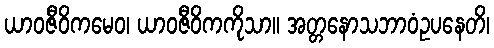
ယာဝဇီဝိကမေဝ၊ ယာဝဇီဝိကကိုသာ။ အတ္တနောသဘာဝံဥပနေတိ၊